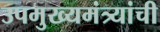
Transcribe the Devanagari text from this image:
उपमुख्यमंत्र्यांची